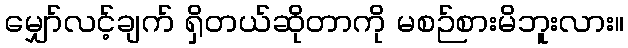
မျှော်လင့်ချက် ရှိတယ်ဆိုတာကို မစဉ်စားမိဘူးလား။